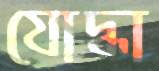
যোদ্ধা